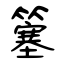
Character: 簺